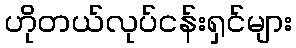
ဟိုတယ်လုပ်ငန်းရှင်များ